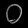
Digit: ၀